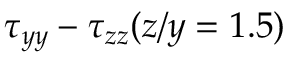
\tau _ { y y } - \tau _ { z z } ( z / y = 1 . 5 )